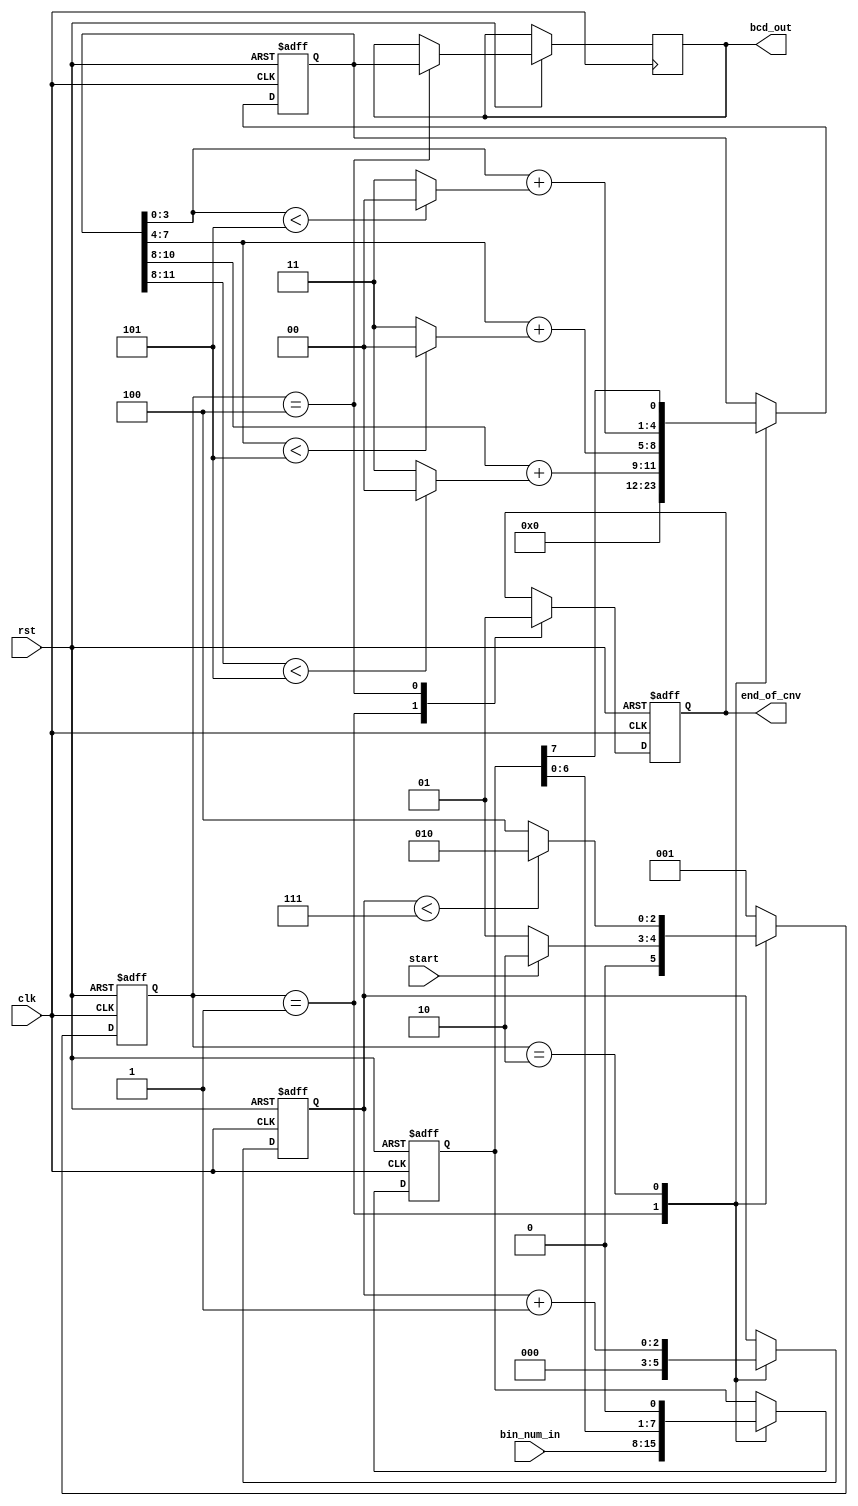
module bin2bcd#(
	parameter	BIN_BITS	= 8
)(
	input										clk,
	input										rst,
	input										start,
	input	[BIN_BITS - 1				: 0]	bin_num_in,
	output	[bcd_out_bits(BIN_BITS) - 1	: 0]	bcd_out,
	output	reg									end_of_cnv
);

function integer log2ceil;
input integer val;
integer i;
begin
	i = 1;
	log2ceil = 0;
	while (i < val) begin
		log2ceil = log2ceil + 1;
		i = i << 1;
	end
end
endfunction

function integer bcd_out_bits;
input integer binary_bits;
integer bits_pow_2_local;
integer decimal_bits_local;
begin
	bits_pow_2_local = max_of_input_bits(binary_bits);
	decimal_bits_local = dec_bits(bits_pow_2_local);
	bcd_out_bits = decimal_bits_local * 4;
end
endfunction

function integer dec_bits;
input integer max_uint;
integer t;
begin
	t = max_uint;
	dec_bits = 0;
	while (t > 0) begin
		dec_bits = dec_bits + 1;
		t = t / 10;
	end
end
endfunction

function integer max_of_input_bits;
input integer bits_input;
integer i;
begin
	max_of_input_bits = 0;
	i = 0;
	while (i < bits_input) begin
		max_of_input_bits = (i == 0) ? (2) : (max_of_input_bits * 2);
		i = i + 1;
	end
	max_of_input_bits = max_of_input_bits - 1;
end
endfunction

localparam	BITS_POW_2		= max_of_input_bits(BIN_BITS);
localparam	DECIMAL_BITS	= dec_bits(BITS_POW_2);
localparam	BCD_BITS 		= DECIMAL_BITS * 4;
localparam	COUNT_BITS		= log2ceil(BIN_BITS);

localparam	IDLE			= 3'b1;
localparam	CONVERT			= 3'b10;
localparam	OUTPUT			= 3'b100;

reg		[2				: 0]	cnv_state;
reg		[2				: 0]	next_state;
reg		[COUNT_BITS - 1	: 0]	count;

reg		[BIN_BITS - 1	: 0]	bin_num;
reg		[BCD_BITS - 1	: 0]	shift_reg;
reg		[BCD_BITS - 1	: 0]	result;
wire	[BCD_BITS - 1	: 0]	plus_3_adj;

genvar i;
generate
	for(i = 0; i < DECIMAL_BITS; i = i + 1) begin : plus_3_adj_link
		assign plus_3_adj[i * 4 +: 4] = 
			shift_reg[i * 4 +: 4] + {2'b00, 
			((shift_reg[i * 4 +: 4] < 4'd5) ? 
			(2'b00) :
			(2'b11))};
	end
endgenerate

always @ (posedge clk or negedge rst)
begin
	if (!rst) begin
		cnv_state <= IDLE;
	end
	else begin
		cnv_state <= next_state;
	end
end

always @ (*)
begin
	next_state = IDLE;
	case (cnv_state)
		IDLE	: begin
			if (start) begin
				next_state = CONVERT;
			end
			else begin
				next_state = IDLE;
			end
		end
		CONVERT	: begin
			if (count < BIN_BITS - 1) begin
				next_state = CONVERT;
			end
			else begin
				next_state = OUTPUT;
			end
		end
		OUTPUT	: begin
			next_state = IDLE;
		end
		default	: begin
			next_state = IDLE;
		end
	endcase
end

always @ (posedge clk or negedge rst)
begin
	if (!rst) begin
		end_of_cnv <= 0;
		bin_num <= 0;
		shift_reg <= 0;
		count <= 0;
	end
	else begin
		case(cnv_state) 
			IDLE	: begin
				end_of_cnv <= 1'b0;
				bin_num <= bin_num_in;
				shift_reg <= 0;
				count <= 0;
			end
			CONVERT	: begin
				count <= count + 1;
				{shift_reg, bin_num} <= {plus_3_adj[0 +: BCD_BITS - 1], bin_num, 1'b0};
			end
			OUTPUT	: begin
				end_of_cnv <= 1'b1;
				result <= shift_reg;
			end
		endcase
	end
end

assign bcd_out = result;

endmodule